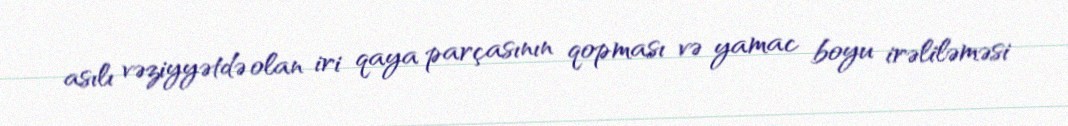
asılı vəziyyətdə olan iri qaya parçasının qopması və yamac boyu irəliləməsi